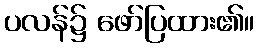
ပလန်၌ ဖော်ပြထား၏။